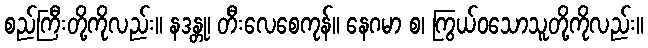
စည်ကြီးတို့ကိုလည်း။ နဒန္တု၊ တီးလေစေကုန်။ နေဂမာ စ၊ ကြွယ်ဝသောသူတို့ကိုလည်း။